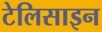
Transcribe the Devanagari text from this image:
टेलिसाइन